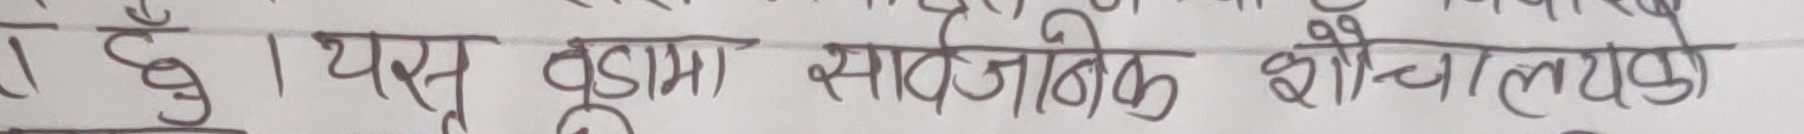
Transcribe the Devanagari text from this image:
छु। यस बुढामा सार्वजनिक शौचालयको